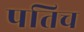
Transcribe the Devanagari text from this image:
पतिच